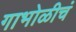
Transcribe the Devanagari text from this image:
गाभोळीचं